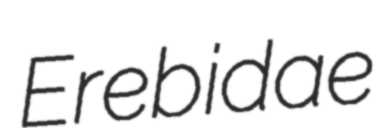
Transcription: Erebidae